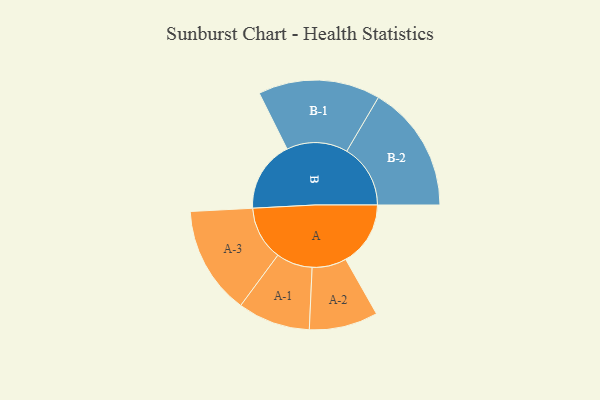
{"axis": {"x": "Segment", "y": "Value"}, "legend": ["", "A", "B"], "data": [{"x": "A", "y": 243, "type": ""}, {"x": "B", "y": 267, "type": ""}, {"x": "A-1", "y": 136, "type": "A"}, {"x": "A-2", "y": 129, "type": "A"}, {"x": "A-3", "y": 203, "type": "A"}, {"x": "B-1", "y": 229, "type": "B"}, {"x": "B-2", "y": 239, "type": "B"}]}